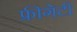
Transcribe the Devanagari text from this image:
फ्रीगेटी